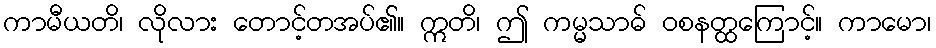
ကာမီယတိ၊ လိုလား တောင့်တအပ်၏။ ဣတိ၊ ဤ ကမ္မသာဓ် ဝစနတ္ထကြောင့်။ ကာမော၊